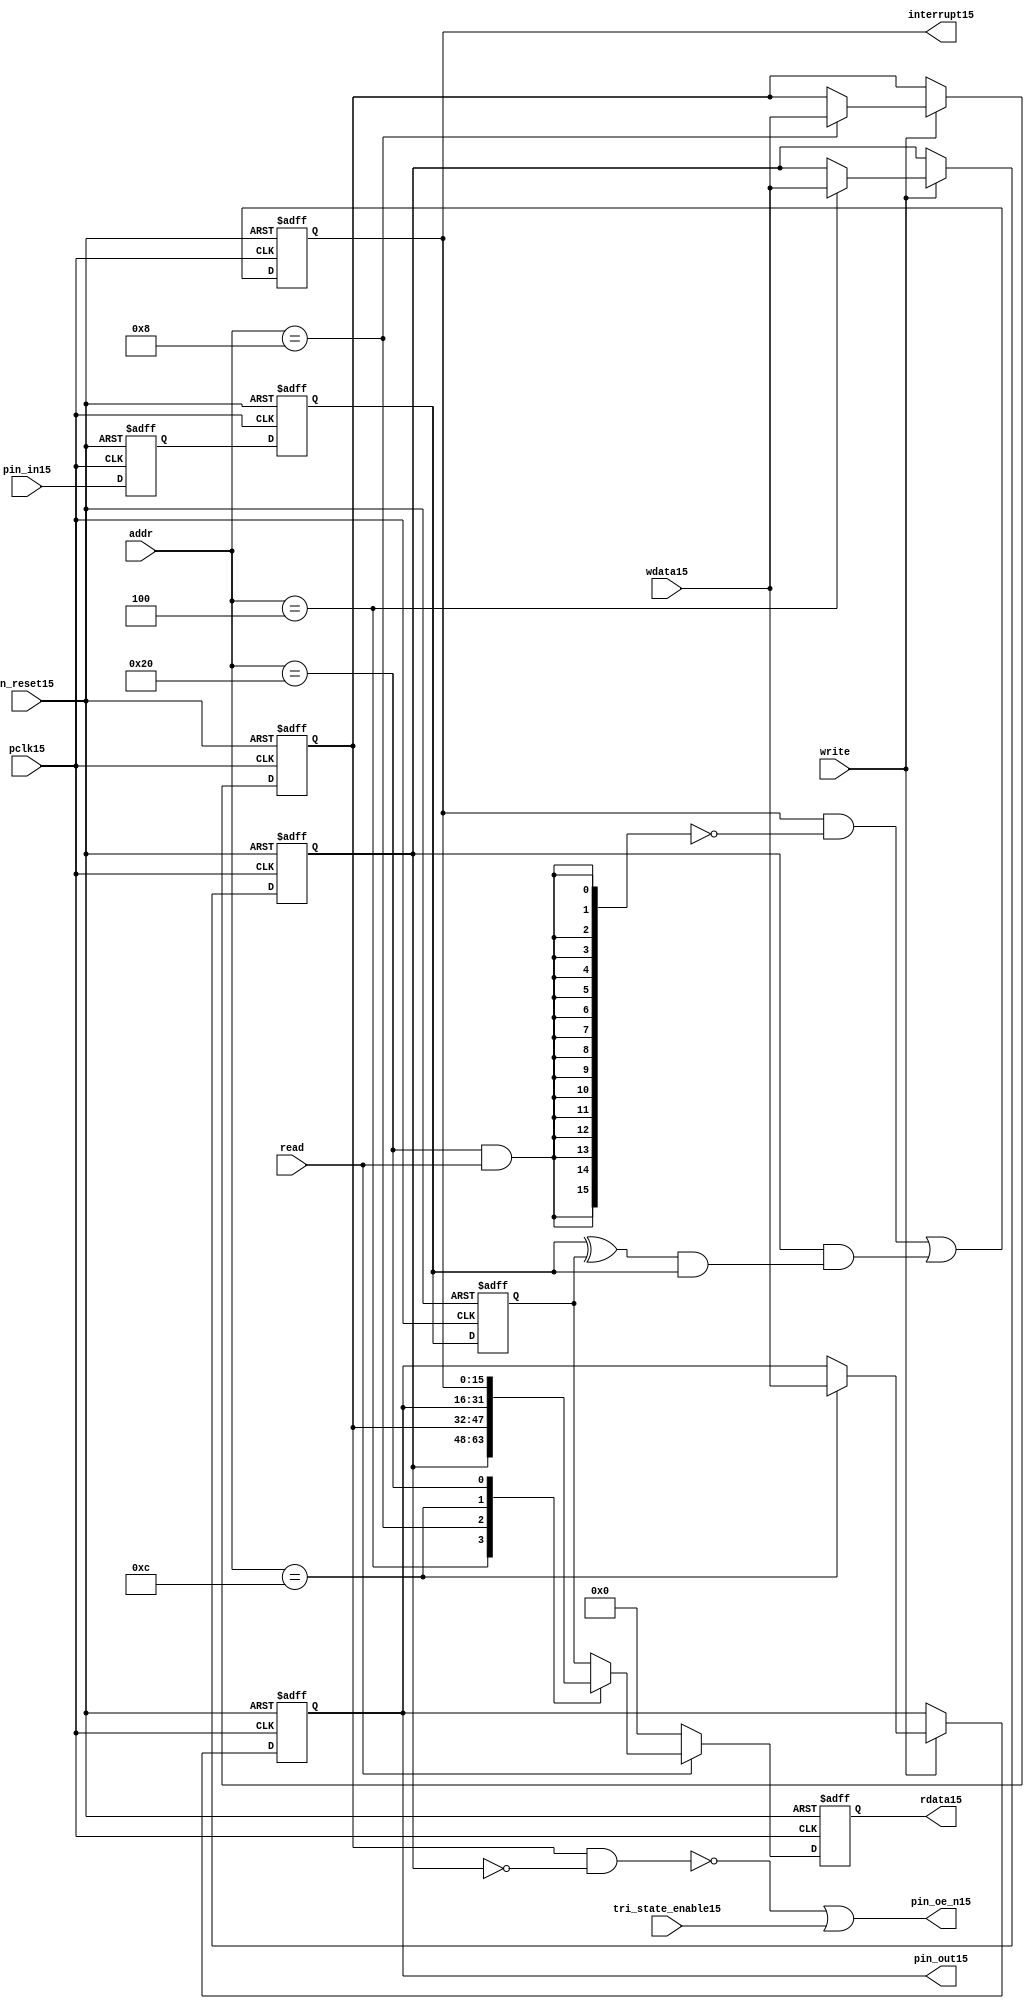
//File15 name   : gpio_lite_subunit15.v
//Title15       : 
//Created15     : 1999
//Description15 : Parametrised15 GPIO15 pin15 circuits15
//Notes15       : 
//----------------------------------------------------------------------
//   Copyright15 1999-2010 Cadence15 Design15 Systems15, Inc15.
//   All Rights15 Reserved15 Worldwide15
//
//   Licensed15 under the Apache15 License15, Version15 2.0 (the
//   "License15"); you may not use this file except15 in
//   compliance15 with the License15.  You may obtain15 a copy of
//   the License15 at
//
//       http15://www15.apache15.org15/licenses15/LICENSE15-2.0
//
//   Unless15 required15 by applicable15 law15 or agreed15 to in
//   writing, software15 distributed15 under the License15 is
//   distributed15 on an "AS15 IS15" BASIS15, WITHOUT15 WARRANTIES15 OR15
//   CONDITIONS15 OF15 ANY15 KIND15, either15 express15 or implied15.  See
//   the License15 for the specific15 language15 governing15
//   permissions15 and limitations15 under the License15.
//----------------------------------------------------------------------


module gpio_lite_subunit15(
  //Inputs15

  n_reset15,
  pclk15,

  read,
  write,
  addr,

  wdata15,
  pin_in15,

  tri_state_enable15,

  //Outputs15
 
  interrupt15,

  rdata15,
  pin_oe_n15,
  pin_out15

);
 
   // Inputs15
   
   // Clocks15   
   input n_reset15;            // asynch15 reset, active low15
   input pclk15;               // Ppclk15

   // Controls15
   input read;               // select15 GPIO15 read
   input write;              // select15 GPIO15 write
   input [5:0] 
         addr;               // address bus of selected master15

   // Dataflow15
   input [15:0]
         wdata15;              // GPIO15 Input15
   input [15:0]
         pin_in15;             // input data from pin15

   //Design15 for Test15 Inputs15
   input [15:0]
         tri_state_enable15;   // disables15 op enable -> Z15




   
   // Outputs15
   
   // Controls15
   output [15:0]
          interrupt15;         // interupt15 for input pin15 change

   // Dataflow15
   output [15:0]
          rdata15;             // GPIO15 Output15
   output [15:0]
          pin_oe_n15;          // output enable signal15 to pin15
   output [15:0]
          pin_out15;           // output signal15 to pin15
   



   
   // Registers15 in module

   //Define15 Physical15 registers in amba_unit15
   reg    [15:0]
          direction_mode15;     // 1=Input15 0=Output15              RW
   reg    [15:0]
          output_enable15;      // Output15 active                 RW
   reg    [15:0]
          output_value15;       // Value outputed15 from reg       RW
   reg    [15:0]
          input_value15;        // Value input from bus          R
   reg    [15:0]
          int_status15;         // Interrupt15 status              R

   // registers to remove metastability15
   reg    [15:0]
          s_synch15;            //stage_two15
   reg    [15:0]
          s_synch_two15;        //stage_one15 - to ext pin15
   
   
    
          
   // Registers15 for outputs15
   reg    [15:0]
          rdata15;              // prdata15 reg
   wire   [15:0]
          pin_oe_n15;           // gpio15 output enable
   wire   [15:0]
          pin_out15;            // gpio15 output value
   wire   [15:0]
          interrupt15;          // gpio15 interrupt15
   wire   [15:0]
          interrupt_trigger15;  // 1 sets15 interrupt15 status
   reg    [15:0]
          status_clear15;       // 1 clears15 interrupt15 status
   wire   [15:0]
          int_event15;          // 1 detects15 an interrupt15 event

   integer ia15;                // loop variable
   


   // address decodes15
   wire   ad_direction_mode15;  // 1=Input15 0=Output15              RW
   wire   ad_output_enable15;   // Output15 active                 RW
   wire   ad_output_value15;    // Value outputed15 from reg       RW
   wire   ad_int_status15;      // Interrupt15 status              R
   
//Register addresses15
//If15 modifying15 the APB15 address (PADDR15) width change the following15 bit widths15
parameter GPR_DIRECTION_MODE15   = 6'h04;       // set pin15 to either15 I15 or O15
parameter GPR_OUTPUT_ENABLE15    = 6'h08;       // contains15 oe15 control15 value
parameter GPR_OUTPUT_VALUE15     = 6'h0C;       // output value to be driven15
parameter GPR_INPUT_VALUE15      = 6'h10;       // gpio15 input value reg
parameter GPR_INT_STATUS15       = 6'h20;       // Interrupt15 status register

//Reset15 Values15
//If15 modifying15 the GPIO15 width change the following15 bit widths15
//parameter GPRV_RSRVD15            = 32'h0000_0000; // Reserved15
parameter GPRV_DIRECTION_MODE15  = 32'h00000000; // Default to output mode
parameter GPRV_OUTPUT_ENABLE15   = 32'h00000000; // Default 3 stated15 outs15
parameter GPRV_OUTPUT_VALUE15    = 32'h00000000; // Default to be driven15
parameter GPRV_INPUT_VALUE15     = 32'h00000000; // Read defaults15 to zero
parameter GPRV_INT_STATUS15      = 32'h00000000; // Int15 status cleared15



   //assign ad_bypass_mode15    = ( addr == GPR_BYPASS_MODE15 );   
   assign ad_direction_mode15 = ( addr == GPR_DIRECTION_MODE15 );   
   assign ad_output_enable15  = ( addr == GPR_OUTPUT_ENABLE15 );   
   assign ad_output_value15   = ( addr == GPR_OUTPUT_VALUE15 );   
   assign ad_int_status15     = ( addr == GPR_INT_STATUS15 );   

   // assignments15
   
   assign interrupt15         = ( int_status15);

   assign interrupt_trigger15 = ( direction_mode15 & int_event15 ); 

   assign int_event15 = ((s_synch15 ^ input_value15) & ((s_synch15)));

   always @( ad_int_status15 or read )
   begin : p_status_clear15

     for ( ia15 = 0; ia15 < 16; ia15 = ia15 + 1 )
     begin

       status_clear15[ia15] = ( ad_int_status15 & read );

     end // for ia15

   end // p_status_clear15

   // p_write_register15 : clocked15 / asynchronous15
   //
   // this section15 contains15 all the code15 to write registers

   always @(posedge pclk15 or negedge n_reset15)
   begin : p_write_register15

      if (~n_reset15)
      
       begin
         direction_mode15  <= GPRV_DIRECTION_MODE15;
         output_enable15   <= GPRV_OUTPUT_ENABLE15;
         output_value15    <= GPRV_OUTPUT_VALUE15;
       end
      
      else 
      
       begin
      
         if (write == 1'b1) // Write value to registers
      
          begin
              
            // Write Mode15
         
            if ( ad_direction_mode15 ) 
               direction_mode15 <= wdata15;
 
            if ( ad_output_enable15 ) 
               output_enable15  <= wdata15;
     
            if ( ad_output_value15 )
               output_value15   <= wdata15;

              

           end // if write
         
       end // else: ~if(~n_reset15)
      
   end // block: p_write_register15



   // p_metastable15 : clocked15 / asynchronous15 
   //
   // This15 process  acts15 to remove  metastability15 propagation
   // Only15 for input to GPIO15
   // In Bypass15 mode pin_in15 passes15 straight15 through

   always @(posedge pclk15 or negedge n_reset15)
      
   begin : p_metastable15
      
      if (~n_reset15)
        begin
         
         s_synch15       <= {16 {1'b0}};
         s_synch_two15   <= {16 {1'b0}};
         input_value15   <= GPRV_INPUT_VALUE15;
         
        end // if (~n_reset15)
      
      else         
        begin
         
         input_value15   <= s_synch15;
         s_synch15       <= s_synch_two15;
         s_synch_two15   <= pin_in15;

        end // else: ~if(~n_reset15)
      
   end // block: p_metastable15


   // p_interrupt15 : clocked15 / asynchronous15 
   //
   // These15 lines15 set and clear the interrupt15 status

   always @(posedge pclk15 or negedge n_reset15)
   begin : p_interrupt15
      
      if (~n_reset15)
         int_status15      <= GPRV_INT_STATUS15;
      
      else 
         int_status15      <= ( int_status15 & ~(status_clear15) // read & clear
                            ) |
                            interrupt_trigger15;             // new interrupt15
        
   end // block: p_interrupt15
   
   
   // p_read_register15  : clocked15 / asynchronous15 
   //
   // this process registers the output values

   always @(posedge pclk15 or negedge n_reset15)

      begin : p_read_register15
         
         if (~n_reset15)
         
           begin

            rdata15 <= {16 {1'b0}};

           end
           
         else //if not reset
         
           begin
         
            if (read == 1'b1)
            
              begin
            
               case (addr)
            
                  
                  GPR_DIRECTION_MODE15:
                     rdata15 <= direction_mode15;
                  
                  GPR_OUTPUT_ENABLE15:
                     rdata15 <= output_enable15;
                  
                  GPR_OUTPUT_VALUE15:
                     rdata15 <= output_value15;
                  
                  GPR_INT_STATUS15:
                     rdata15 <= int_status15;
                  
                  default: // if GPR_INPUT_VALUE15 or unmapped reg addr
                     rdata15 <= input_value15;
            
               endcase
            
              end //end if read
            
            else //in not read
            
              begin // if not a valid read access, keep15 '0'-s 
              
               rdata15 <= {16 {1'b0}};
              
              end //end if not read
              
           end //end else if not reset

      end // p_read_register15


   assign pin_out15 = 
        ( output_value15 ) ;
     
   assign pin_oe_n15 = 
      ( ( ~(output_enable15 & ~(direction_mode15)) ) |
        tri_state_enable15 ) ;

                
  
endmodule // gpio_subunit15